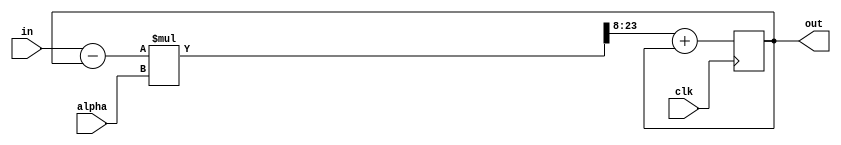
module lowpassfilter #(
  parameter BITSIZE = 16
) (
  input clk,
  input wire signed [8:0] alpha,
  input wire signed [BITSIZE-1:0] in,  /* unfiltered data in */
  output reg signed [BITSIZE-1:0] out  /* filtered data out */
);

localparam HALF_SCALE = (2**(BITSIZE-1));

initial
begin
  out = 0;
  s_adder1_out = 0;
end

reg signed [BITSIZE:0] s_adder1_out;
reg signed [(BITSIZE*2)-1:0] sw_raw_mul_output;
reg signed [BITSIZE:0] s_mul_out;
reg signed [BITSIZE:0] tmp_out;

always @(posedge clk)
begin
  s_adder1_out = in - out;
  sw_raw_mul_output = (s_adder1_out * alpha) >>> 8;  // divide by 256 (amplitude)
  s_mul_out = sw_raw_mul_output[BITSIZE:0];
  tmp_out = (s_mul_out + out);
  out = tmp_out[BITSIZE-1:0];
end

endmodule